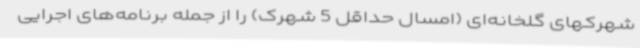
شهرکهای گلخانه‌ای (امسال حداقل 5 شهرک) را از جمله برنامه‌های اجرایی